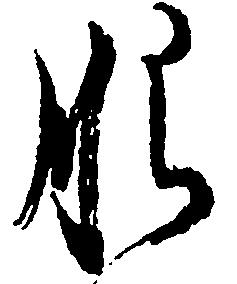
肥